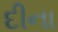
દીના